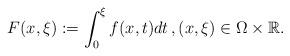
LaTeX: \begin{align*}F(x,\xi):=\int_0^\xi f(x,t)dt\, ,(x,\xi)\in\Omega\times\mathbb{R}.\end{align*}